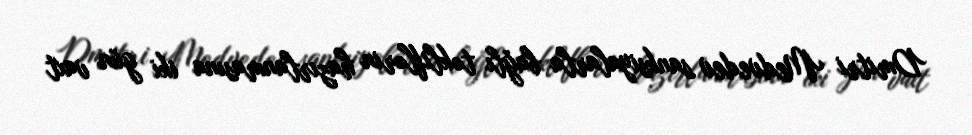
Dmitri Medvedev sanksiyalarla bağlı təkliflərin hazırlanmasına iki gün vaxt